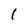
Character: 1